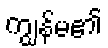
ကျွန်မ၏